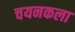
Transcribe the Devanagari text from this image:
चयनकला